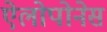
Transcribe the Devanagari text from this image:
ऐलोपोनेस